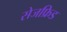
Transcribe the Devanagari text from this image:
सेजफ्रिड